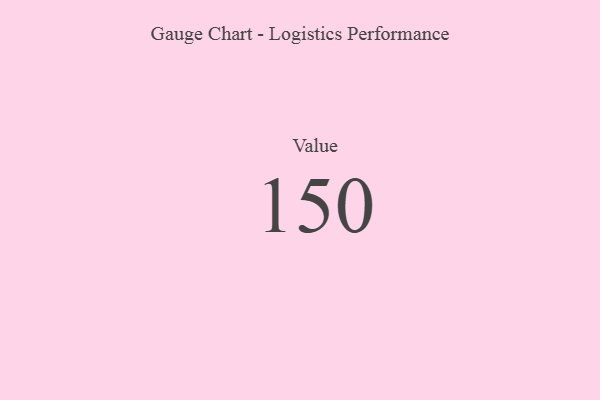
{"axis": {"x": "Metric", "y": "Value"}, "legend": [""], "data": [{"x": "Value", "y": 150, "type": ""}]}